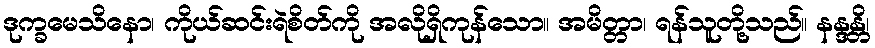
ဒုက္ခမေသိနော၊ ကိုယ်ဆင်းရဲစိတ်ကို အလိုရှိကုန်သော။ အမိတ္တာ၊ ရန်သူတို့သည်။ နန္ဒန္တိ၊